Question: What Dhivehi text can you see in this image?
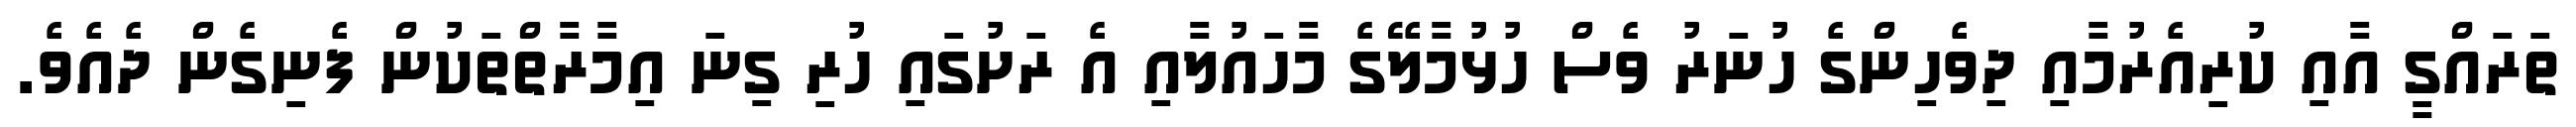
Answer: ތަރައްގީ އާއި ކުރިއެރުމާއި ދިވެހިންގެ ހުނަރު ވެސް ހުޅުމާލޭގެ މާހައުލާއި އެ ރަށުގައި ހުރި ގިނަ އިމާރާތްތަކުން ފެނިގެން ދެއެވެ.